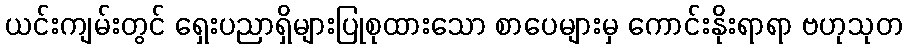
ယင်းကျမ်းတွင် ရှေးပညာရှိများပြုစုထားသော စာပေများမှ ကောင်းနိုးရာရာ ဗဟုသုတ